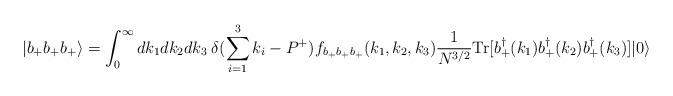
LaTeX: \begin{align*}|b_+ b_+ b_+ \rangle =\int_0^{\infty} dk_1 dk_2 dk_3\hspace{1mm} \delta (\sum_{i=1}^3 k_i - P^+) f_{b_+ b_+ b_+}(k_1,k_2,k_3) \frac{1}{N^{3/2}} \mbox{Tr}[b_+^{\dagger}(k_1) b_+^{\dagger}(k_2)b_+^{\dagger}(k_3)]|0\rangle\end{align*}